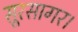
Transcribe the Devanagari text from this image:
सूरसागर।